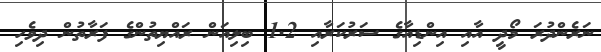
ނަރެންދުރަ މޯދީ އާއި އިންޑިއާގެ ސަރުކަރާއި 1.2 ބިލިއަން ރައްޔިތުންގެ ފަރާތުން ދިވެހި